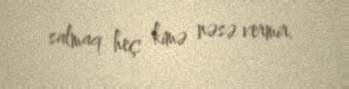
salmaq heç kimə nəsə vermir.